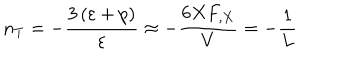
n _ { T } = - \frac { 3 \left( \varepsilon + p \right) } { \varepsilon } \approx - \frac { 6 X F _ { , X } } { V } = - \frac { 1 } { L }